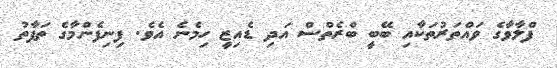
ފްލާވާގެ ވައްތަރުތަކާއި ބޭބީ ބްރެތްސް އަދި ޑެއިޒީ ހިމެނެ އެވެ. ފިނިފެންމާގެ ތަފާތު